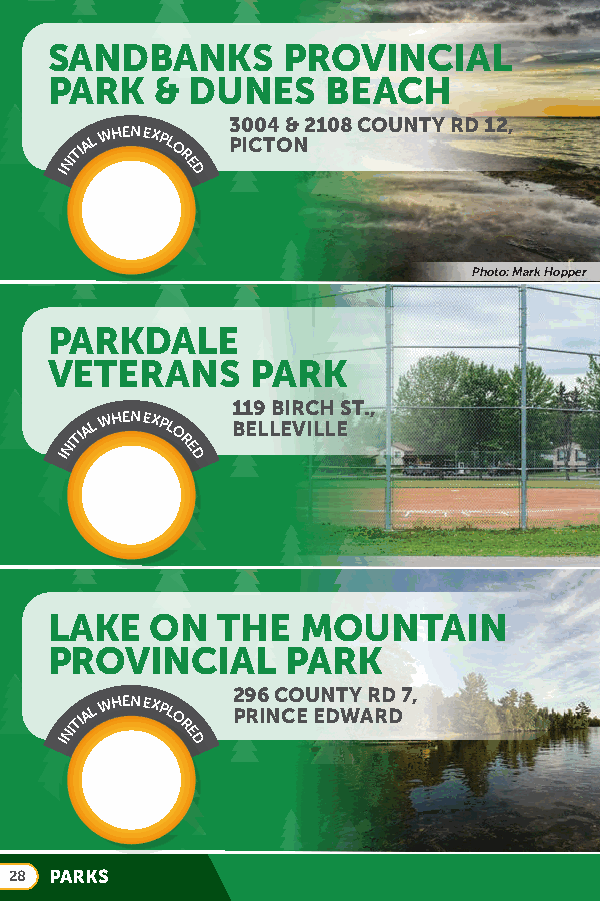
LSEAOMNINDSTBERA PNARKKSS
 :
 PROVINCIAL
 SPHAROKL A&N D FUANREMS BEACH
 3004 & 2108 COUNTY RD 12,
 INITIAL
 WHEN EXPL
 O
 R
 E
 D
 PICTON
 Photo: Mark Hopper
 PARKDALE
 VETERANS      PARK
 119 BIRCH ST.,
 INITIAL
 WHEN EXPL
 O
 R
 E
 D
 BELLEVILLE
 LAKE   ON  THE   MOUNTAIN
 PROVINCIAL      PARK
 296 COUNTY RD 7,
 INITIAL
 WHEN EXPL
 O
 R
 E
 D
 PRINCE EDWARD
 28 PARKS